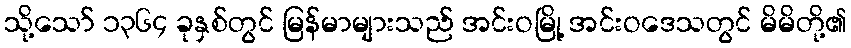
သို့သော် ၁၃၆၄ ခုနှစ်တွင် မြန်မာများသည် အင်းဝမြို့ အင်းဝဒေသတွင် မိမိတို့၏